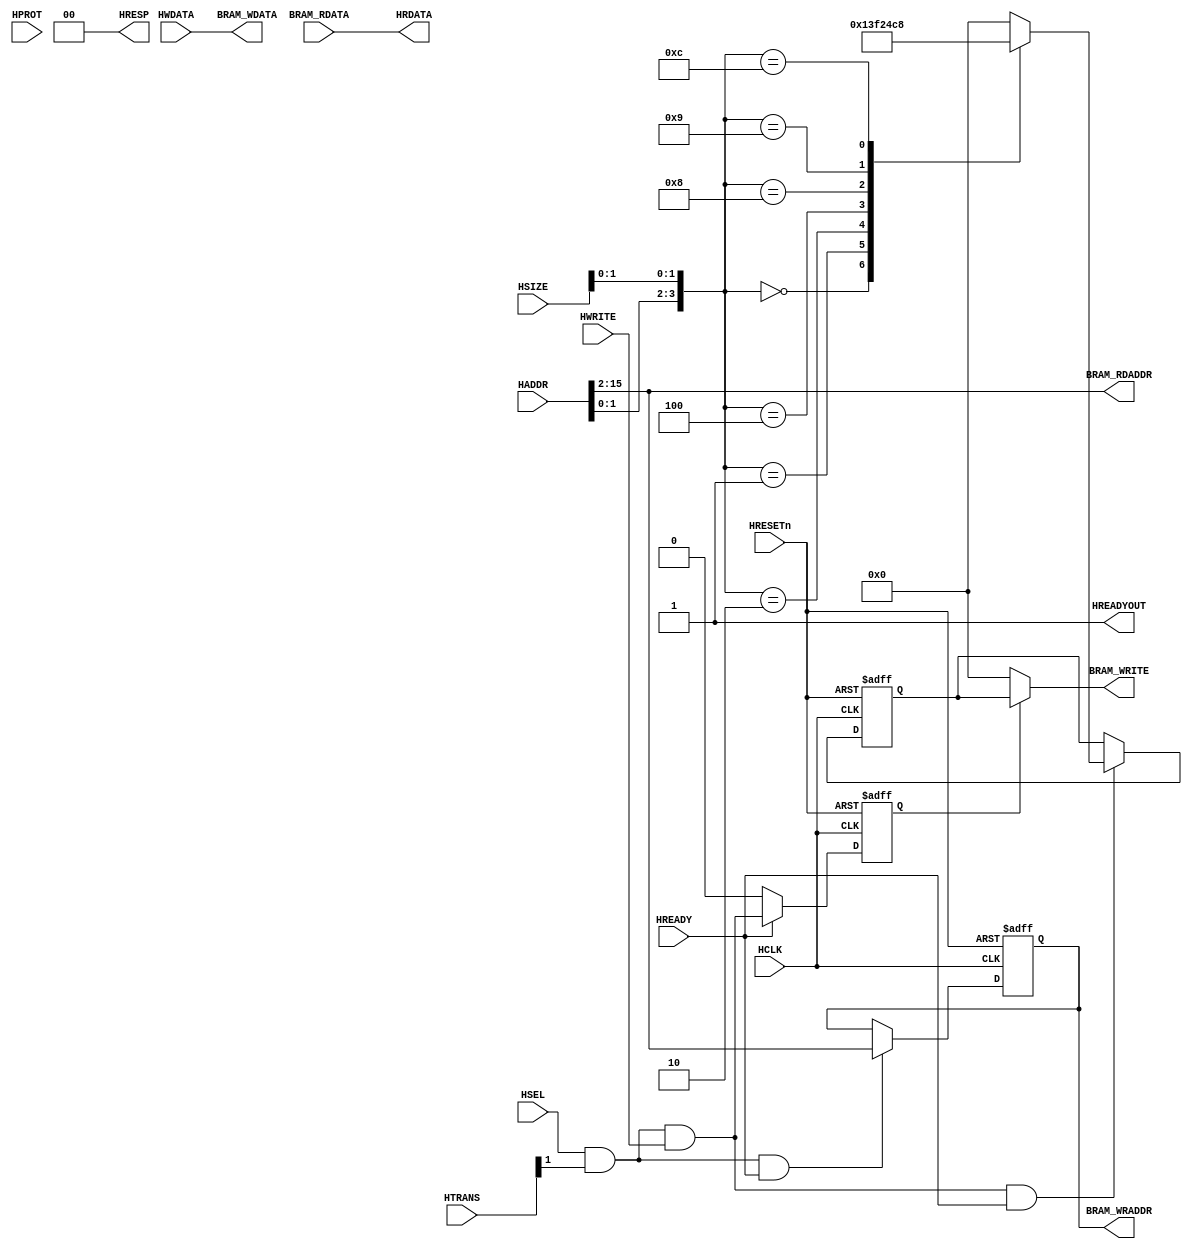
// This program was cloned from: https://github.com/flyjancy/CortexM0_SoC_Task
// License: MIT License

module AHBlite_Block_RAM #(
    parameter                       ADDR_WIDTH = 14)(
    input  wire                     HCLK,    
    input  wire                     HRESETn, 
    input  wire                     HSEL,    
    input  wire   [31:0]            HADDR,   
    input  wire   [1:0]             HTRANS,  
    input  wire   [2:0]             HSIZE,   
    input  wire   [3:0]             HPROT,   
    input  wire                     HWRITE,  
    input  wire   [31:0]            HWDATA,   
    input wire                      HREADY, 
    output wire                     HREADYOUT, 
    output wire   [31:0]            HRDATA,  
    output wire   [1:0]             HRESP,
    output wire   [ADDR_WIDTH-1:0]  BRAM_RDADDR,
    output wire   [ADDR_WIDTH-1:0]  BRAM_WRADDR,
    input  wire   [31:0]            BRAM_RDATA,
    output wire   [31:0]            BRAM_WDATA,
    output wire   [3:0]             BRAM_WRITE
);

assign HRESP = 2'b0;
assign HRDATA = BRAM_RDATA;

wire trans_en;
assign trans_en = HSEL & HTRANS[1];

wire write_en;
assign write_en = trans_en & HWRITE;

wire read_en;
assign read_en = trans_en & (~HWRITE);

reg [3:0] size_dec;
always@(*) begin
  case({HADDR[1:0],HSIZE[1:0]})
    4'h0 : size_dec = 4'h1;
    4'h1 : size_dec = 4'h3;
    4'h2 : size_dec = 4'hf;
    4'h4 : size_dec = 4'h2;
    4'h8 : size_dec = 4'h4;
    4'h9 : size_dec = 4'hc;
    4'hc : size_dec = 4'h8;
    default : size_dec = 4'h0;
  endcase
end

reg [3:0] size_reg;
always@(posedge HCLK or negedge HRESETn) begin
  if(~HRESETn) size_reg <= 0;
  else if(write_en & HREADY) size_reg <= size_dec;
end


reg [ADDR_WIDTH-1:0] addr_reg;
always@(posedge HCLK or negedge HRESETn) begin
  if(~HRESETn) addr_reg <= 0;
  else if(trans_en & HREADY) addr_reg <= HADDR[(ADDR_WIDTH+1):2];
end


reg wr_en_reg;

always@(posedge HCLK or negedge HRESETn) begin
  if(~HRESETn) wr_en_reg <= 1'b0;
  else if(HREADY) wr_en_reg <= write_en;
  else wr_en_reg <= 1'b0;
end

assign BRAM_RDADDR = HADDR[(ADDR_WIDTH+1):2];
assign BRAM_WRADDR  = addr_reg;
assign HREADYOUT = 1'b1;
assign BRAM_WRITE = wr_en_reg ? size_reg : 4'h0;
assign BRAM_WDATA = HWDATA; 

endmodule